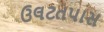
ઉલટતપાસ